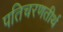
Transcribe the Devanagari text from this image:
पतिचरणतीर्थ